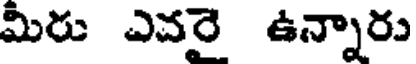
మిరు ఎవరై ఉన్నారు